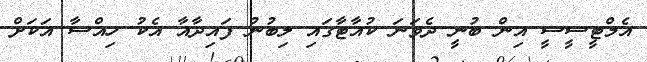
އެމްޓީސީސީ އިން ބުނީ ދެވަނަ ކުއާޓާގައި ލިބުނު ފައިދާއާ އެކު ހިއްސާ އަކަށް